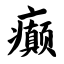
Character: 癫